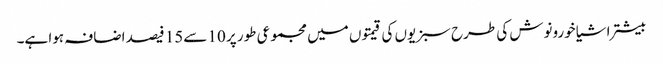
بیشتر اشیا خورونوش کی طرح سبزیوں کی قیمتوں میں مجموعی طور پر 10 سے15 فیصد اضافہ ہوا ہے۔